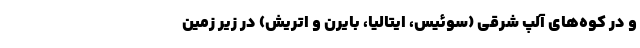
و در کوه‌های آلپ شرقی (سوئیس، ایتالیا، بایرن و اتریش) در زیر زمین